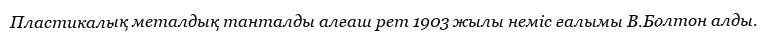
Пластикалық металдық танталды алғаш рет 1903 жылы неміс ғалымы В.Болтон алды.